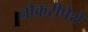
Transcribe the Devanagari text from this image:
नौकरीपेशे